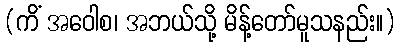
(ကိံ အဝေါစ၊ အဘယ်သို့ မိန့်တော်မူသနည်း။)